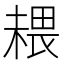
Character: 𰘉